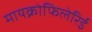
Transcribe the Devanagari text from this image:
मायक्रोफिलेरिई